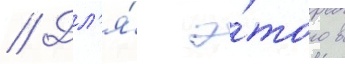
// Дл'я́ э́того в